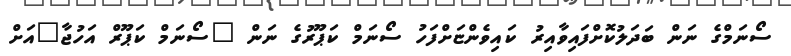
ސޯނަމްގެ ނަން ބަދަލުކޮށްފައިވާއިރު ކައިވެންޏަށްފަހު ސޯނަމް ކަޕޫރުގެ ނަން "ސޯނަމް ކަޕޫރް އަހުޖާ"އަށް